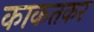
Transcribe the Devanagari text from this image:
काकतकर